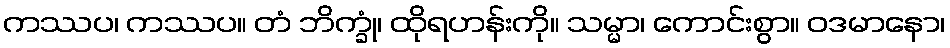
ကဿပ၊ ကဿပ။ တံ ဘိက္ခုံ၊ ထိုရဟန်းကို။ သမ္မာ၊ ကောင်းစွာ။ ဝဒမာနော၊